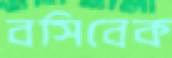
বসিবেক